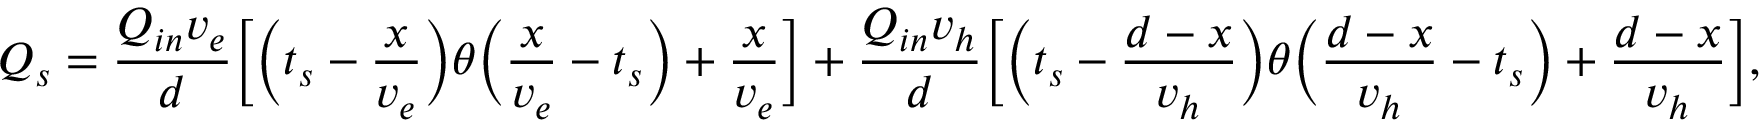
Q _ { s } = \frac { Q _ { i n } v _ { e } } { d } \Big [ \Big ( t _ { s } - \frac { x } { v _ { e } } \Big ) \theta \Big ( \frac { x } { v _ { e } } - t _ { s } \Big ) + \frac { x } { v _ { e } } \Big ] + \frac { Q _ { i n } v _ { h } } { d } \Big [ \Big ( t _ { s } - \frac { d - x } { v _ { h } } \Big ) \theta \Big ( \frac { d - x } { v _ { h } } - t _ { s } \Big ) + \frac { d - x } { v _ { h } } \Big ] ,